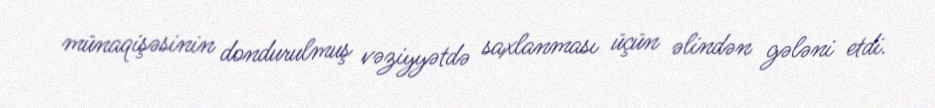
münaqişəsinin dondurulmuş vəziyyətdə saxlanması üçün əlindən gələni etdi.